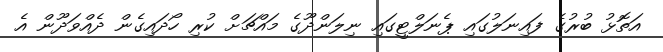
އަތޮޅު ބުރުގެ ފައިނަލުގައި ޕެނަލްޓީގައި ނިލަންދޫގެ މައްޗަށް ކުރި ހޯދައިގެން ދެއްވަދޫން އެ